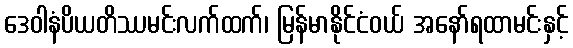
ဒေဝါနံပိယတိဿမင်းလက်ထက်၊ မြန်မာနိုင်ငံဝယ် အနော်ရထာမင်းနှင့်